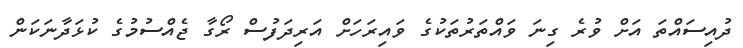
ދުއިސައްތަ އަށް ވުރެ ގިނަ ވައްތަރުތަކުގެ ވައިރަހަށް އަރިދަފުސް ރޯގާ ޖެއްސުމުގެ ކުޅަދާނަކަން